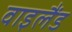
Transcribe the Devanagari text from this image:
वाइलैंड